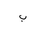
Letter: _ba